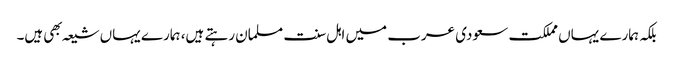
بلکہ ہمارے یہاں مملکت سعودی عرب میں اہل سنت مسلمان رہتے ہیں، ہمارے یہاں شیعہ بهی ہیں۔